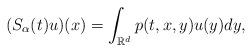
LaTeX: \begin{align*}(S_{\alpha}(t)u)(x)=\int_{\mathbb{R}^{d}}p(t,x,y)u(y)dy,\end{align*}